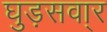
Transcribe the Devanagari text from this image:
घुड़सवा्र